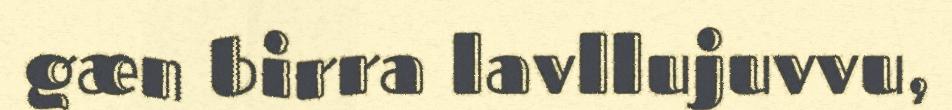
gæn birra lavllujuvvu,